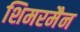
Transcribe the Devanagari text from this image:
शिमरमैन